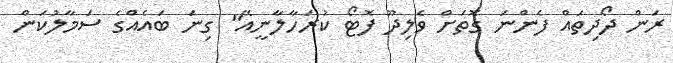
ރަން ދޯދިތައް ފެންނަ ގޮތަށް ވެލިދޫ ފޮޓޯ ކުރަހާލާނީއޭ" ގިނަ ބައެއްގެ ސަމާލުކަން